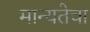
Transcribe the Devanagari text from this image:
मान्यतेचा